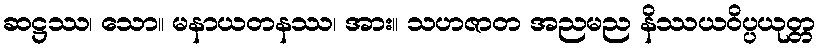
ဆဋ္ဌဿ၊ သော။ မနာယတနဿ၊ အား။ သဟဇာတ အညမည နိဿယဝိပ္ပယုတ္တ